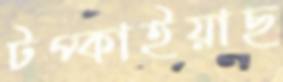
টপ্‌কাইয়াছ